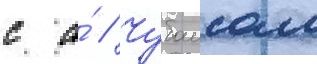
с а́ // Чубаисом